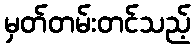
မှတ်တမ်းတင်သည့်